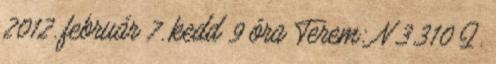
2012. február 7. kedd 9 óra Terem: N.3.310 I.